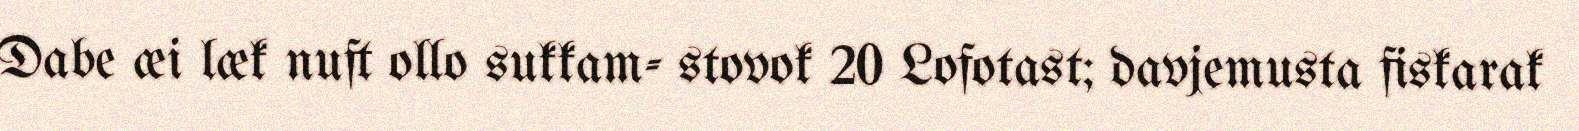
Dabe æi læk nuft ollo sukkam- stovok 20 Lofotast; davjemusta fiskarak